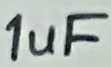
Text: 1uF